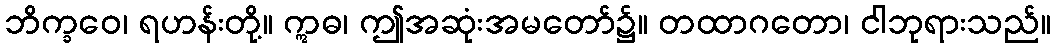
ဘိက္ခဝေ၊ ရဟန်းတို့။ ဣဓ၊ ဤအဆုံးအမတော်၌။ တထာဂတော၊ ငါဘုရားသည်။